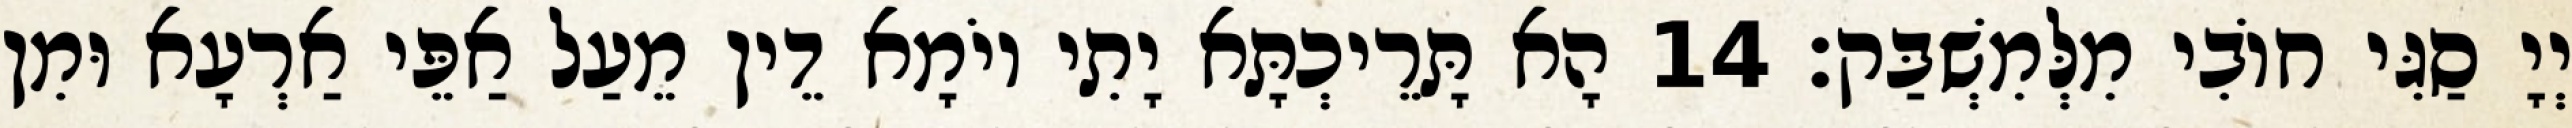
יְיָ סַגִּי חוֹבִי מִלְּמִשְׁבַּק׃ 14 הָא תָּרֵיכְתָּא יָתִי יוֹמָא דֵין מֵעַל אַפֵּי אַרְעָא וּמִן